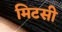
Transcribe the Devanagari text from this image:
मिटसी